Annual vaccination report of Bihar and Orissa - 1911-1928
Year: 1911
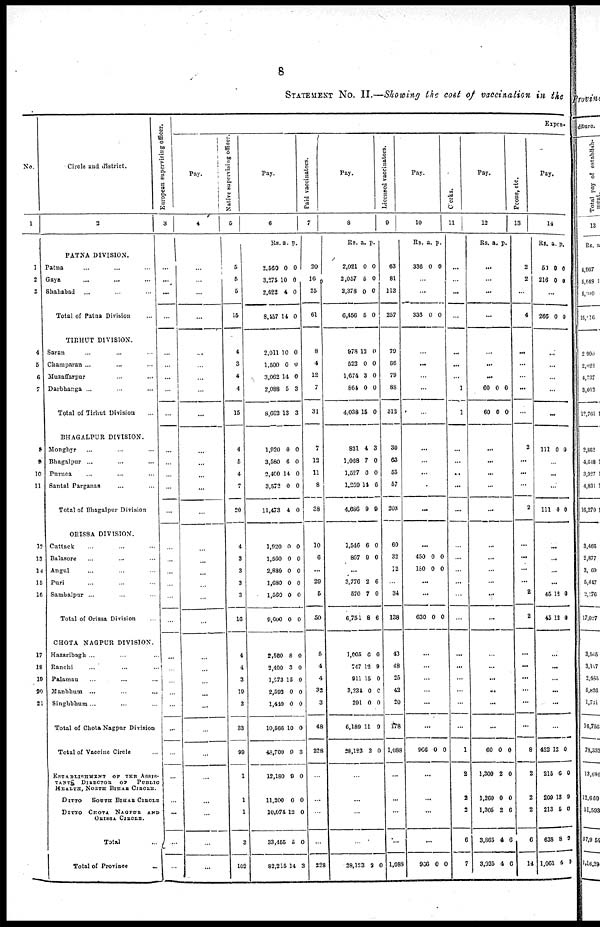
8
STATEMENT NO. II.—Showing the cost of vaccination in the
No.
1
1
2
3
4
5
6
7
8
9
10
11
12
13
14
15
16
17
18
19
20
21
Circle and district.
2
PATNA DIVISION.
Patna ... ... ...
Gaya ... ... ...
Shahabad ... ... ...
Total of Patna Division ...
TIRHUT DIVISION.
Saran ... ... ...
Champaran ... ... ...
Muzaffarpur ... ... ...
Darbhanga ... ... ...
Total of Tirhut Division ...
BHAGALPUR DIVISION.
Monghyr ... ... ...
Bhagalpur ... ... ...
Purnea ... ... ...
Santal Parganas ... ... ...
Total of Bhagalpur Division ...
ORISSA DIVISION.
Cattack ... ... ...
Balasore ... ... ...
Angul ... ... ...
Puri ... ... ...
Sambalpur ... ... ...
Total of Orissa Division ...
CHOTA NAGPUR DIVISION.
Hazaribagh ... ... ...
Ranchi ... ... ...
Palamau ... ... ...
Manbham ... ... ...
Singhbhum ... ... ...
Total of Chota Nagpur Division
Total of Vaccine Circle ...
ESTABLISHMENT OF THE ASSIS-
TANTS DIRECTOR OF
PUBLIC
HEALTH, NORTH BIHAR CIRCLE.
DITTO
SOUTH BIHAR CIRCLE
DITTO CHOTA NAGPUR AND
ORISSA CIRCLE.
Total ...
Total of Province
...
European supervising officer.
3
...
...
...
...
...
...
...
...
...
...
...
...
...
...
...
...
...
...
...
...
...
...
...
...
...
...
...
...
...
...
...
...
Expen.
Pay.
4
...
...
...
...
...
...
...
...
...
...
...
...
...
...
...
...
...
...
...
...
...
...
...
...
...
...
...
...
...
...
...
..
Native supervising officer.
5
5
5
5
15
4
3
4
4
15
4
5
4
7
20
4
3
3
3
3
16
4
4
3
19
3
33
99
1
1
1
3
102
Pay.
6
Rs a. p.
2,560
3,275
2,622
8,457
0
10
4
14
0
0
0
0
2,011
1,500
3,062
2,088
8,662
10
0
14
5
13
0
0
0
3
3
1,920
3,580
2,400
3,572
11,473
0
6
14
0
4
0
0
0
0
0
1,920
1,560
2,880
1,680
1,560
9,600
0
0
0
0
0
0
0
0
0
0
0
0
2,560
2,400
1,573
2,592
1,440
10,566
48,760
12,180
11,200
10,074
33,455
82,215
8
3
15
0
0
10
9
9
0
12
5
14
0
0
0
0
0
0
3
0
0
0
0
3
Paid vaccinators.
7
20
16
25
61
8
4
12
7
31
7
12
11
8
38
10
6
...
29
5
50
5
4
4
32
3
48
228
...
...
...
...
228
Pay.
8
Rs. a. p.
2,021
2,057
2,378
6,456
0
5
0
5
0
0
0
0
978
522
1,674
864
4,038
13
0
3
0
15
0
0
0
0
0
831
1,068
1,527
1,259
4,686
4
7
0
14
9
3
0
0
6
9
1,546
867
6
9
0
0
...
3,776
570
6,751
2
7
8
6
0
6
1,005
747
911
3,234
291
6,189
28,123
0
12
15
0
0
11
2
0
9
0
0
0
9
0
...
...
...
...
28,123 3 0
Licensed vaccinators.
9
63
81
113
257
79
66
79
88
312
30
63
53
57
203
60
32
12
...
34
138
43
48
25
43
20
178
1,088
...
...
...
...
1,088
Pay.
10
Rs. a. p.
336 0 0
...
...
336 0 0
...
...
...
...
...
...
...
...
...
...
...
450
180
0
0
0
0
...
...
630 0 0
...
...
...
...
...
...
966 0 0
...
...
...
...
966 0 0
Clerks.
11
...
...
...
...
...
...
...
1
1
...
...
...
...
...
...
...
...
...
...
...
...
...
...
...
...
...
1
2
2
2
6
7
Pay.
12
Rs. a. p.
...
...
...
...
...
...
...
60
60
0
0
0
0
...
...
...
...
...
...
...
...
...
...
...
...
...
...
...
...
...
60
1,300
1,260
1,305
3,865
3,925
0
2
0
2
4
4
0
0
0
6
6
6
Peons, etc.
13
2
2
...
4
...
...
...
...
...
2
...
...
...
2
...
...
...
...
2
2
...
...
...
...
...
...
8
2
2
2
6
14
Pay.
14
Rs. a. p.
51
216
0
0
0
0
...
266 0 0
...
...
...
...
111 0 0
...
...
...
111 0 0
...
...
...
...
45
45
12
12
0
0
...
...
...
...
...
...
422
215
209
213
638
1,061
12
6
13
5
8
4
0
0
9
0
9
9